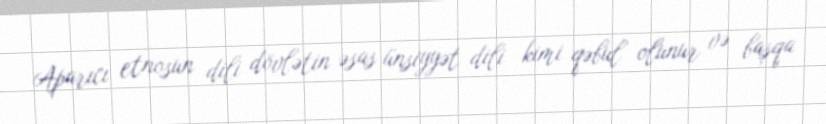
Aparıcı etnosun dili dövlətin əsas ünsiyyət dili kimi qəbul olunur və başqa